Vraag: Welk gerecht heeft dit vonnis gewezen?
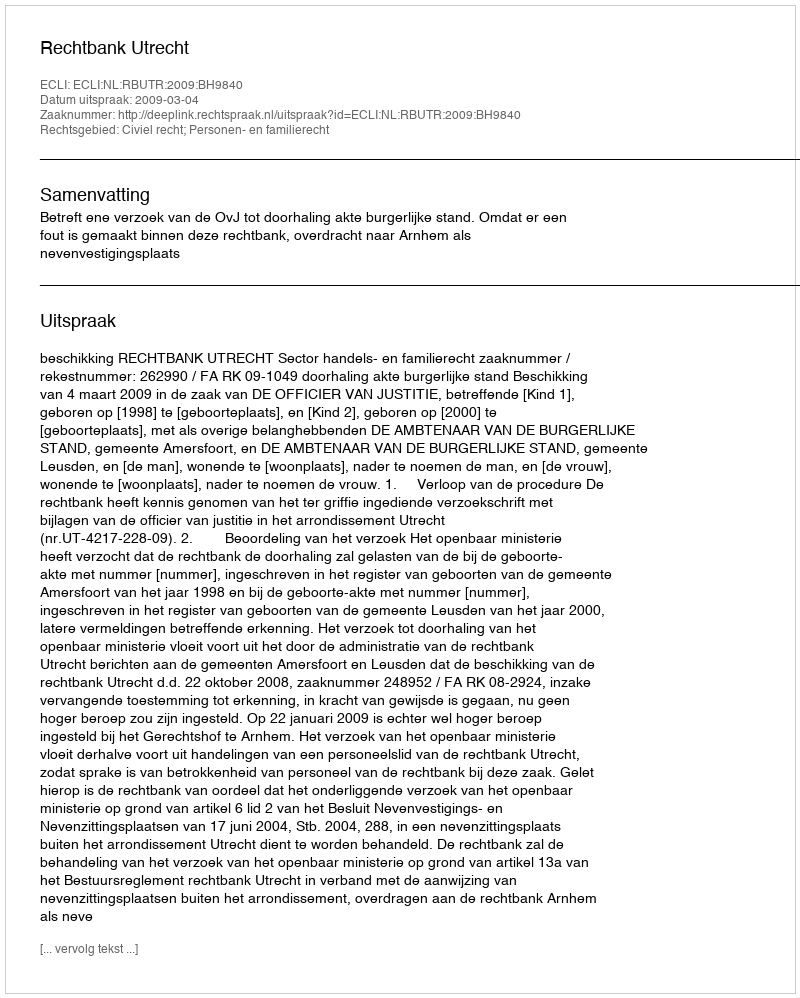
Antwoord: Rechtbank Utrecht